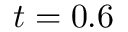
t = 0 . 6